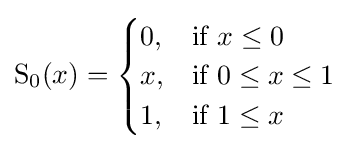
\operatorname {S} _{0}(x)={\begin{cases}0,&{\text{if }}x\leq 0\\x,&{\text{if }}0\leq x\leq 1\\1,&{\text{if }}1\leq x\\\end{cases}}